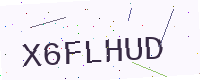
Text: X6FLHUD